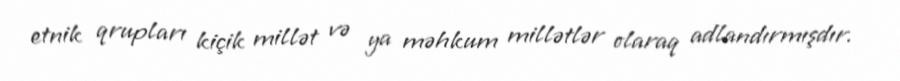
etnik qrupları kiçik millət və ya məhkum millətlər olaraq adlandırmışdır.